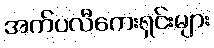
အက်ပလီကေးရှင်းများ